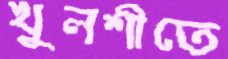
খুলশীতে